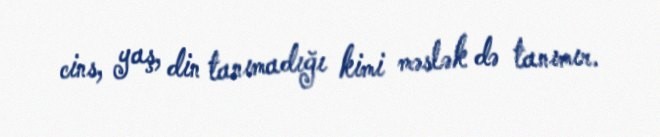
cins, yaş, din tanımadığı kimi məslək də tanımır.